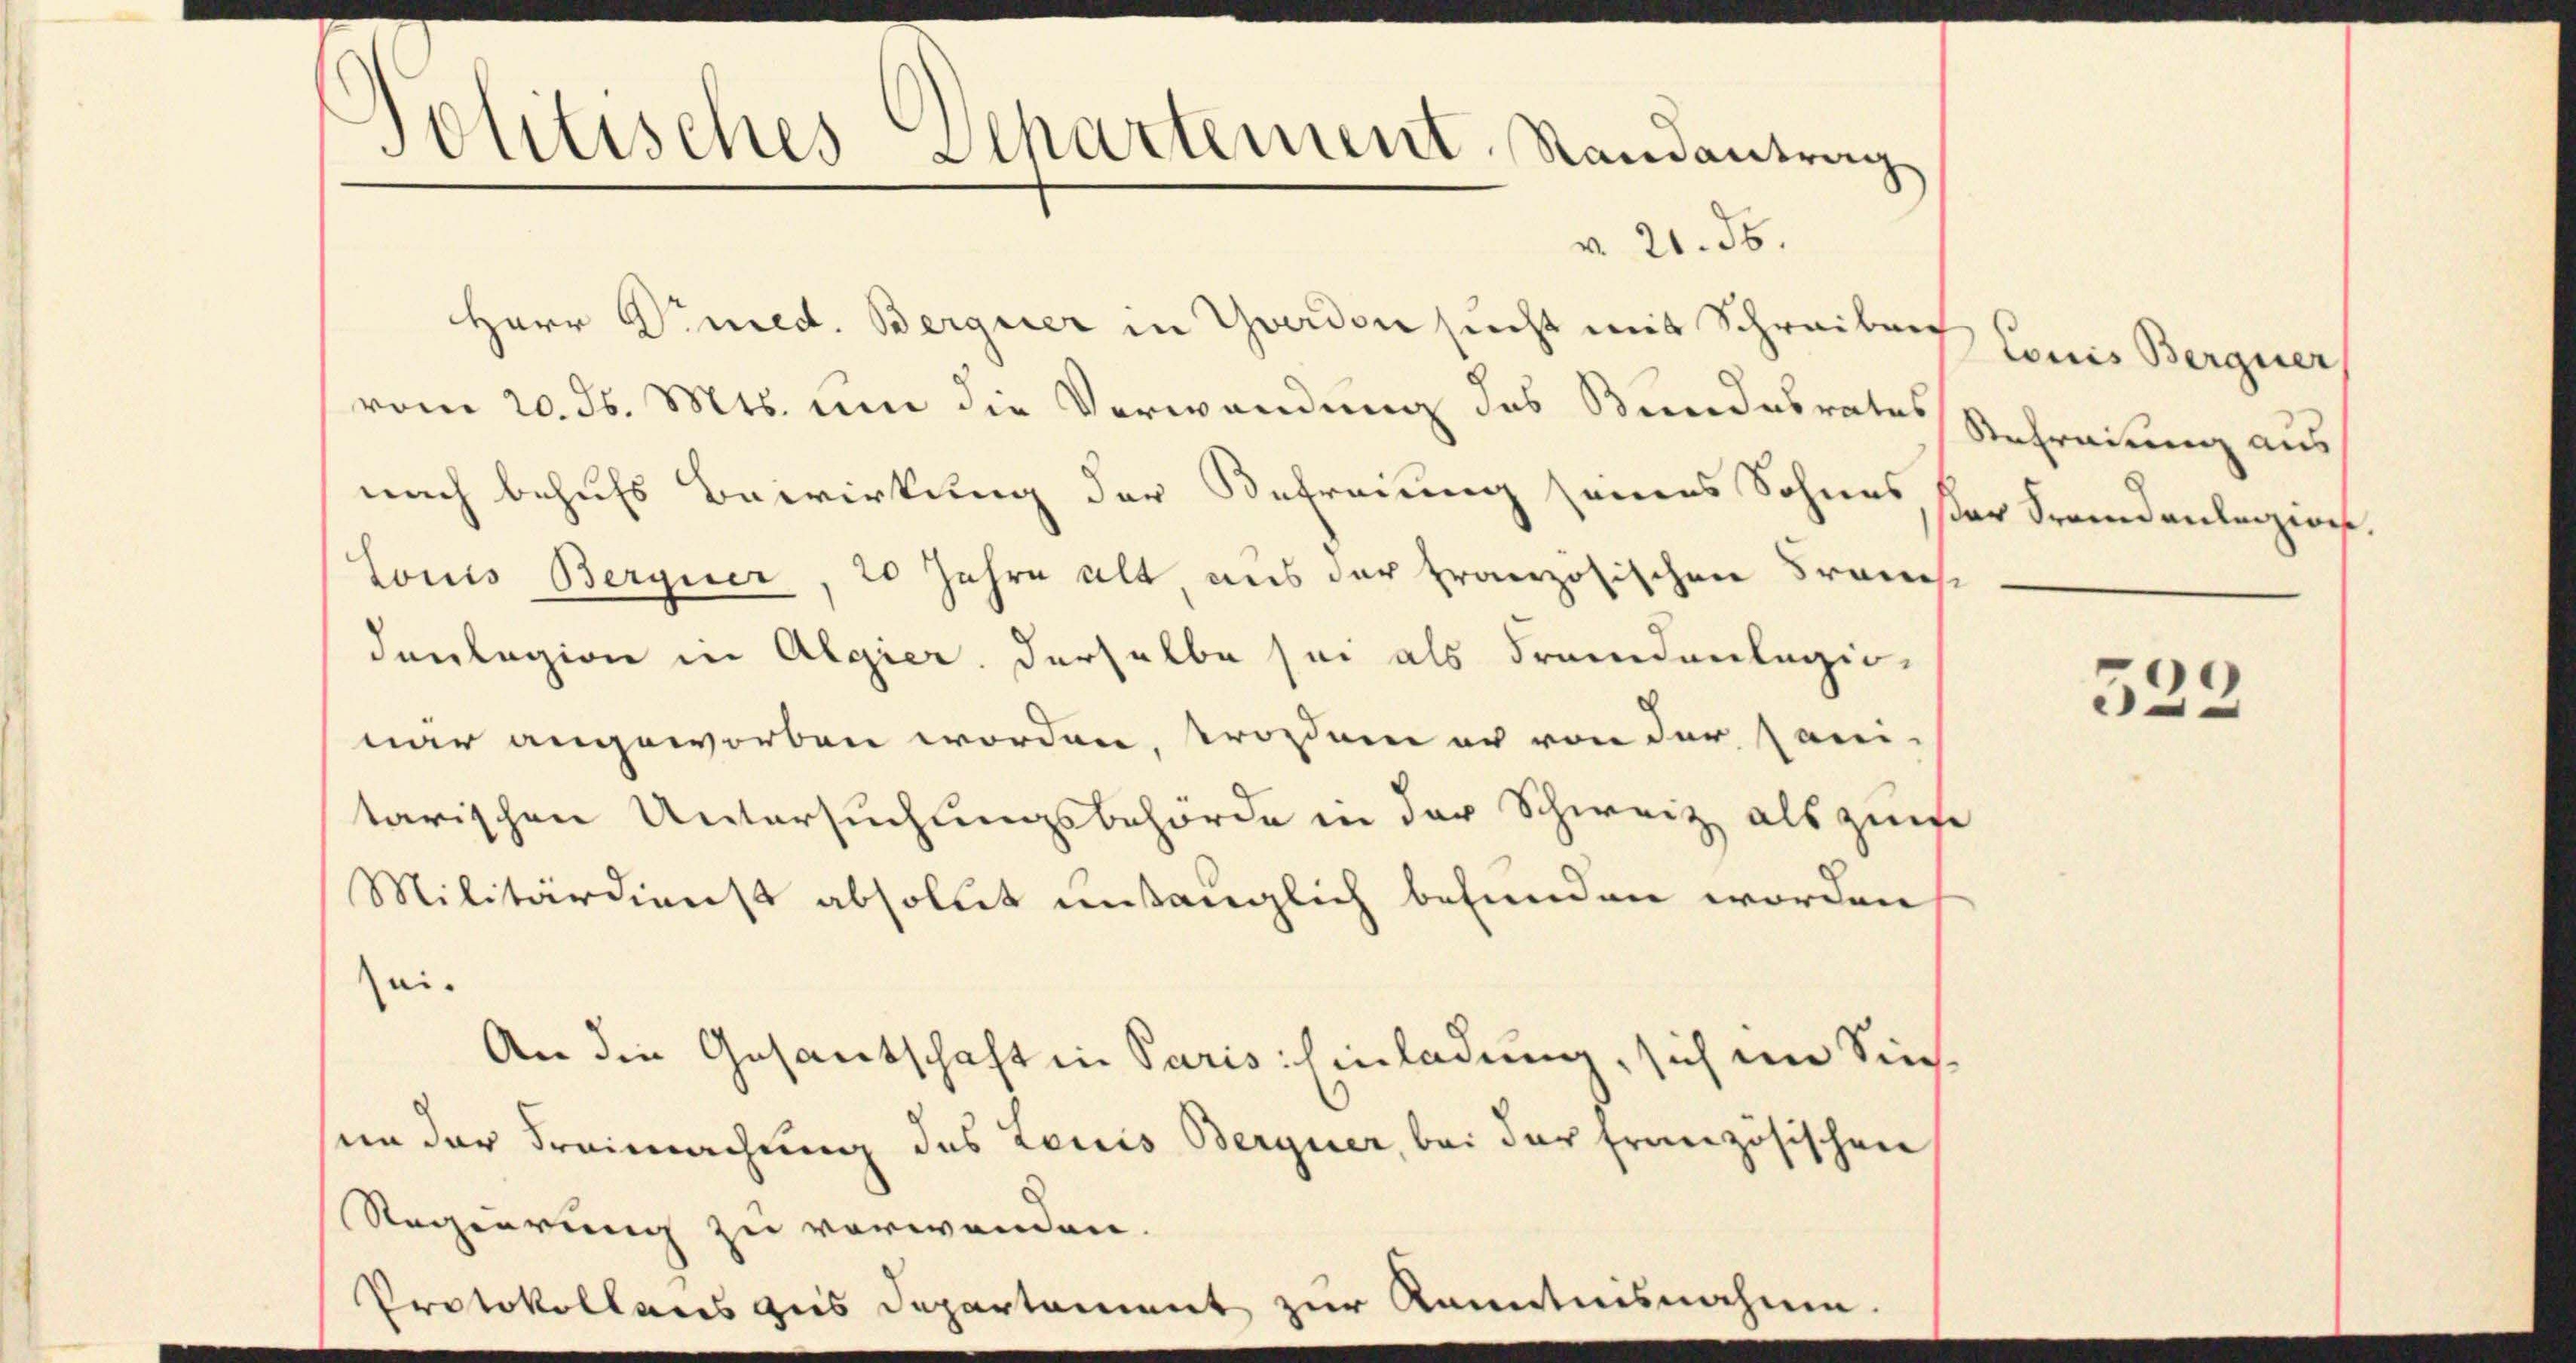
Politisches Departement, Randantrag
v. 21. 56.

Herr Vimed. Berguer in Yverdon sucht mit Schreiben
vom 20. d. Mts. um die Verwendung des Bundesrates Schreiung aus
nach behufs Bewirkung der Befreiung seines Sohnes, ser Fremdenleizion.
sei.
An die Gesandtschaft in Paris. Einladung, sich im Sinsan der Freimachung des Louis Berguer, bei der französischen
Regierung zu verwenden.
Protokollens aus Departament zur Kenntnisnahme.

Louis Berguer, 20 Jahre alt, aus der Französischen Frauch
danlegion in Algier derselbe sei als Fremdenlagiowar angeworben worden, trordnen er von der sani-
tarischen Untersuchungsbehörde in der Schweiz als zure
Militärdienst absolut untauglich befunden worden

Louis Berguer

523